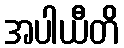
အပါယီတိ